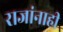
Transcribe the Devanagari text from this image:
राजांनाही